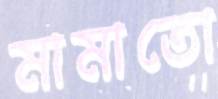
মামাতো